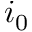
i _ { 0 }